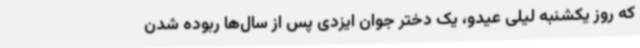
که روز یکشنبه لیلی عیدو، یک دختر جوان ایزدی پس از سال‌ها ربوده شدن